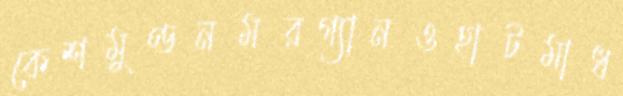
কেশমুণ্ডনমরগ্যানওহাটমাধ